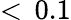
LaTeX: <\, 0.1